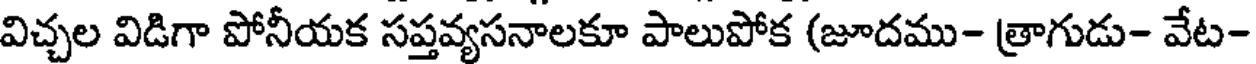
విచ్చల విడిగా పోనీయక సప్తవ్యసనాలకూ పాలుపోక (జూదము- త్రాగుడు- వేట-